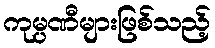
ကုမ္ပဏီများဖြစ်သည့်